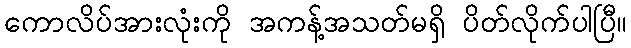
ကောလိပ်အားလုံးကို အကန့်အသတ်မရှိ ပိတ်လိုက်ပါပြီ။